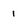
Character: 1